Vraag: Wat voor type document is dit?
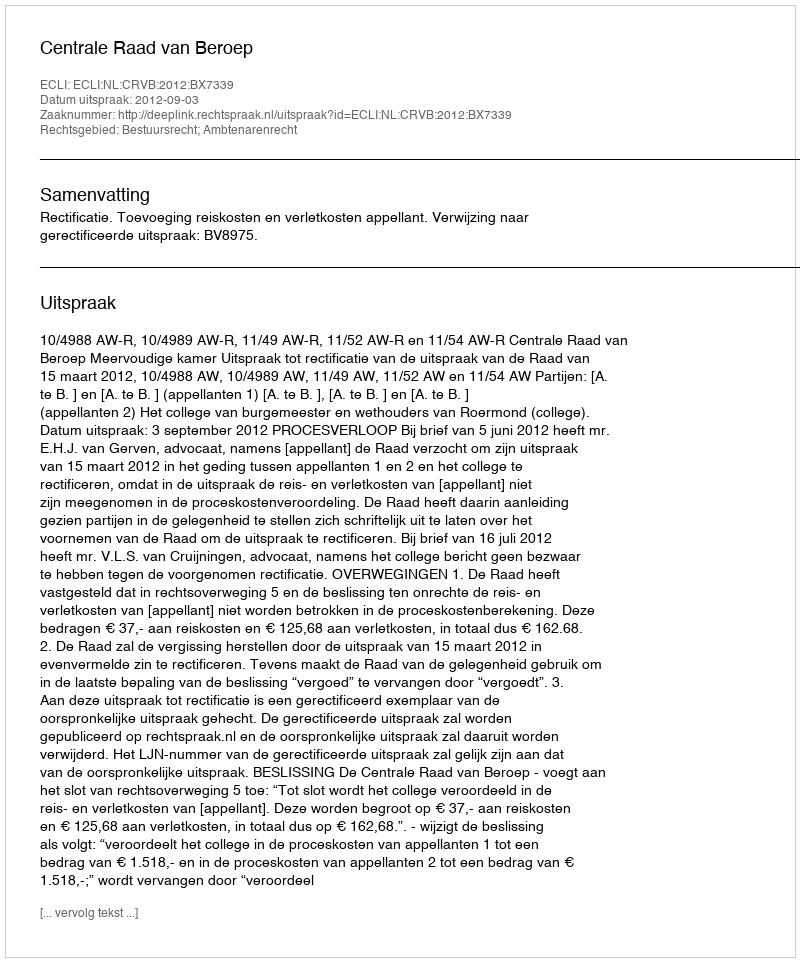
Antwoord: Uitspraak